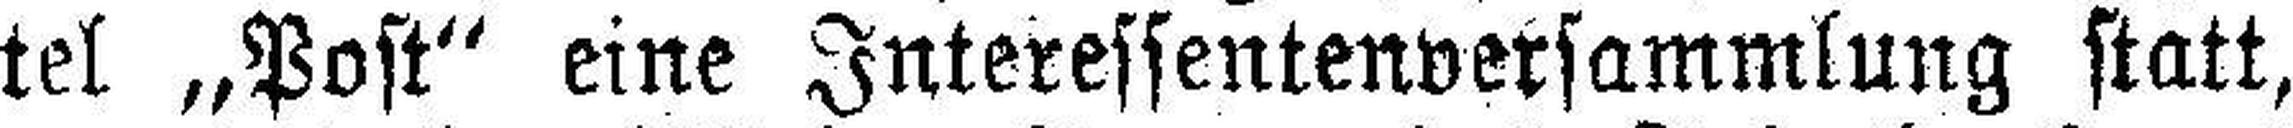
tel „Post“ eine Interessentenversammlung statt,